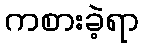
ကစားခဲ့ရာ